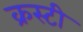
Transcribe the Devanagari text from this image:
क्रस्टी